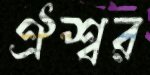
ঐশ্বর